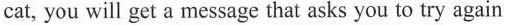
cat, you will get a mesage that asks you to try again